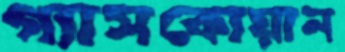
গ্যাসকোয়ান